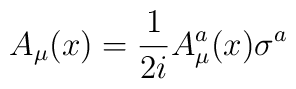
A_{\mu}(x)={1\over{2i}}A_{\mu}^a(x)\sigma^a